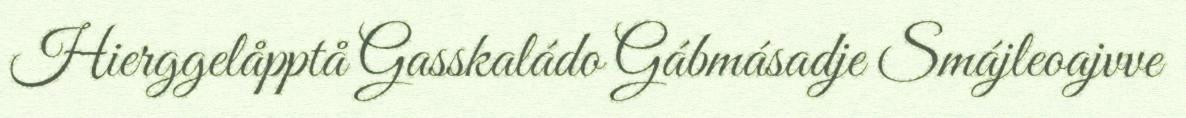
Hierggelåpptå Gasskaládo Gábmásadje Smájleoajvve